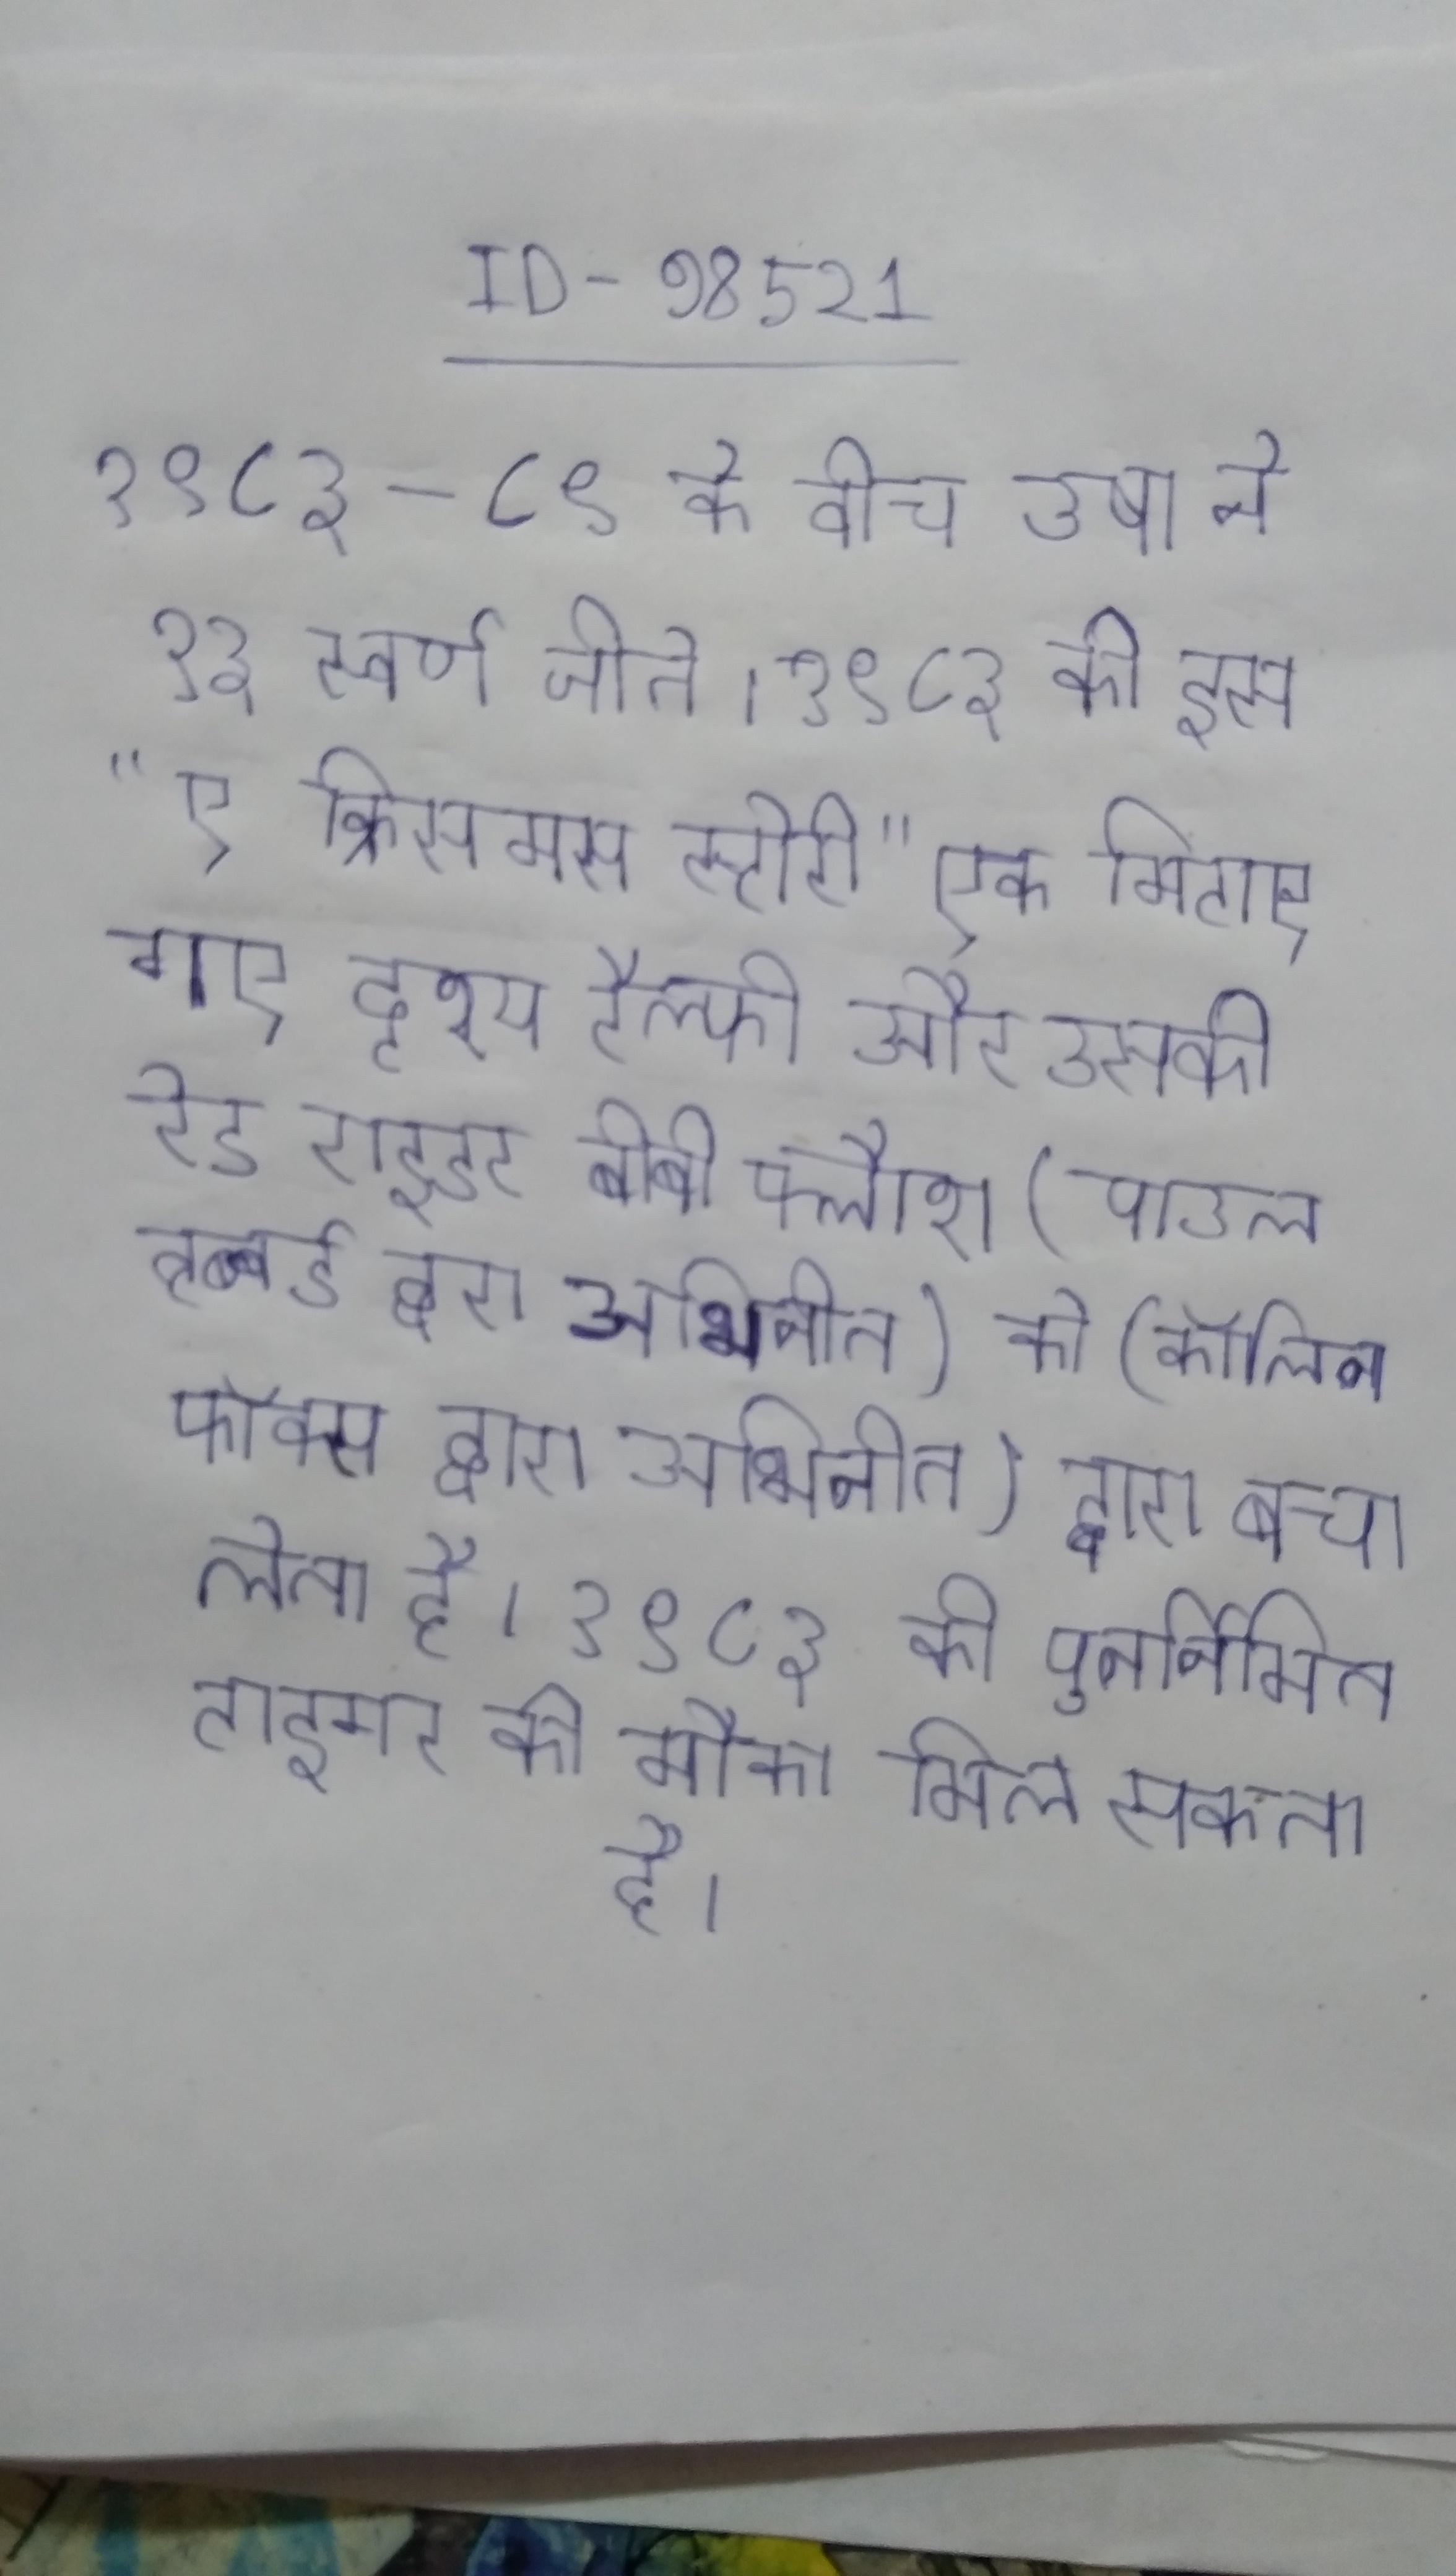
१९८३-८९ के बीच उषा ने १३ स्वर्ण जीते । १९८३ की इस "ए क्रिसमस स्टोरी" एक मिटाए गए दृश्य रैल्फी और उसकी रेड राइडर बीबी फ्लैश (पाउल हब्बर्ड द्वारा अभिनीत) को (काॅलिन फाॅक्स द्वारा अभिनीत) द्वारा बचा लेता है । १९८३ की पुनर्निमित टाइगर को मौका मिल सकता है ।